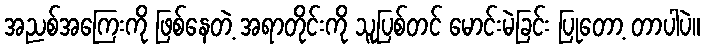
အညစ်အကြေးကို ဖြစ်နေတဲ့ အရာတိုင်းကို သူပြစ်တင် မောင်းမဲခြင်း ပြုတော့ တာပါပဲ။